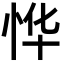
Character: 𫺆